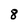
Character: 8